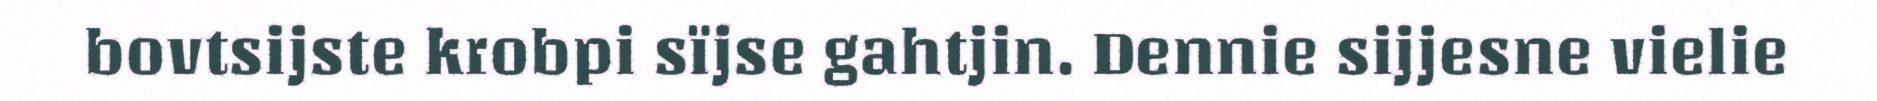
bovtsijste krobpi sïjse gahtjin. Dennie sijjesne vielie